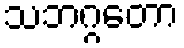
သဘဂ္ဂတော